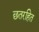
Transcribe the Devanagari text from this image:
छतरहित